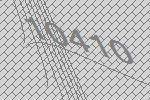
10410